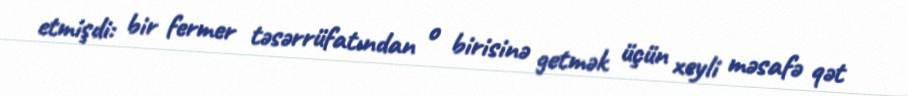
etmişdi: bir fermer təsərrüfatından o birisinə getmək üçün xeyli məsafə qət